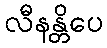
လီနန္တိပေ